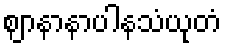
ဈာနာနာပါနသံယုတံ